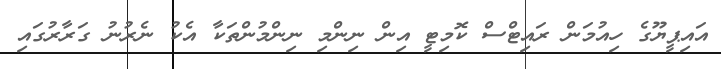
އައިޕީޔޫގެ ހިއުމަން ރައިޓްސް ކޮމިޓީ އިން ނިންމި ނިންމުންތަކާ އެކު ނެރުނު ގަރާރުގައި